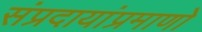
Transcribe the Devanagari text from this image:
संप्रदायांप्रमाणो